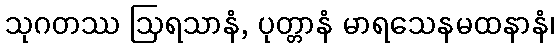
သုဂတဿ ဩရသာနံ, ပုတ္တာနံ မာရသေနမထနာနံ၊